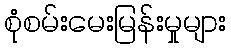
စုံစမ်းမေးမြန်းမှုများ